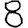
Digit: 8